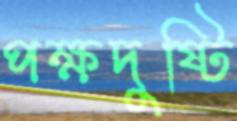
পক্ষদুষ্টি